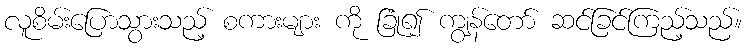
လူစိမ်းပြောသွားသည့် စကားများ ကို ခြုံ၍ ကျွန်တော် ဆင်ခြင်ကြည့်သည်။